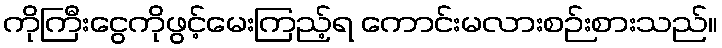
ကိုကြီးငွေကိုဖွင့်မေးကြည့်ရ ကောင်းမလားစဉ်းစားသည်။